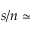
s / n \simeq